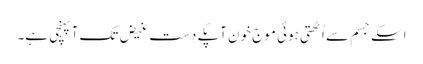
اسکے جسم سے اُٹھتی ہوئی موجِ خون آپکے دستِ غیض تک آپہنچی ہے۔